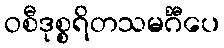
ဝစီဒုစ္စရိတသမင်္ဂီပေ